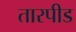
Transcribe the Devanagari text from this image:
तारपीड